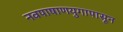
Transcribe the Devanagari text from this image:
नवपाषाणयुगापासून